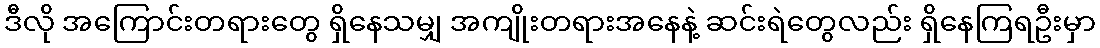
ဒီလို အကြောင်းတရားတွေ ရှိနေသမျှ အကျိုးတရားအနေနဲ့ ဆင်းရဲတွေလည်း ရှိနေကြရဦးမှာ